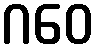
ဂဝေ